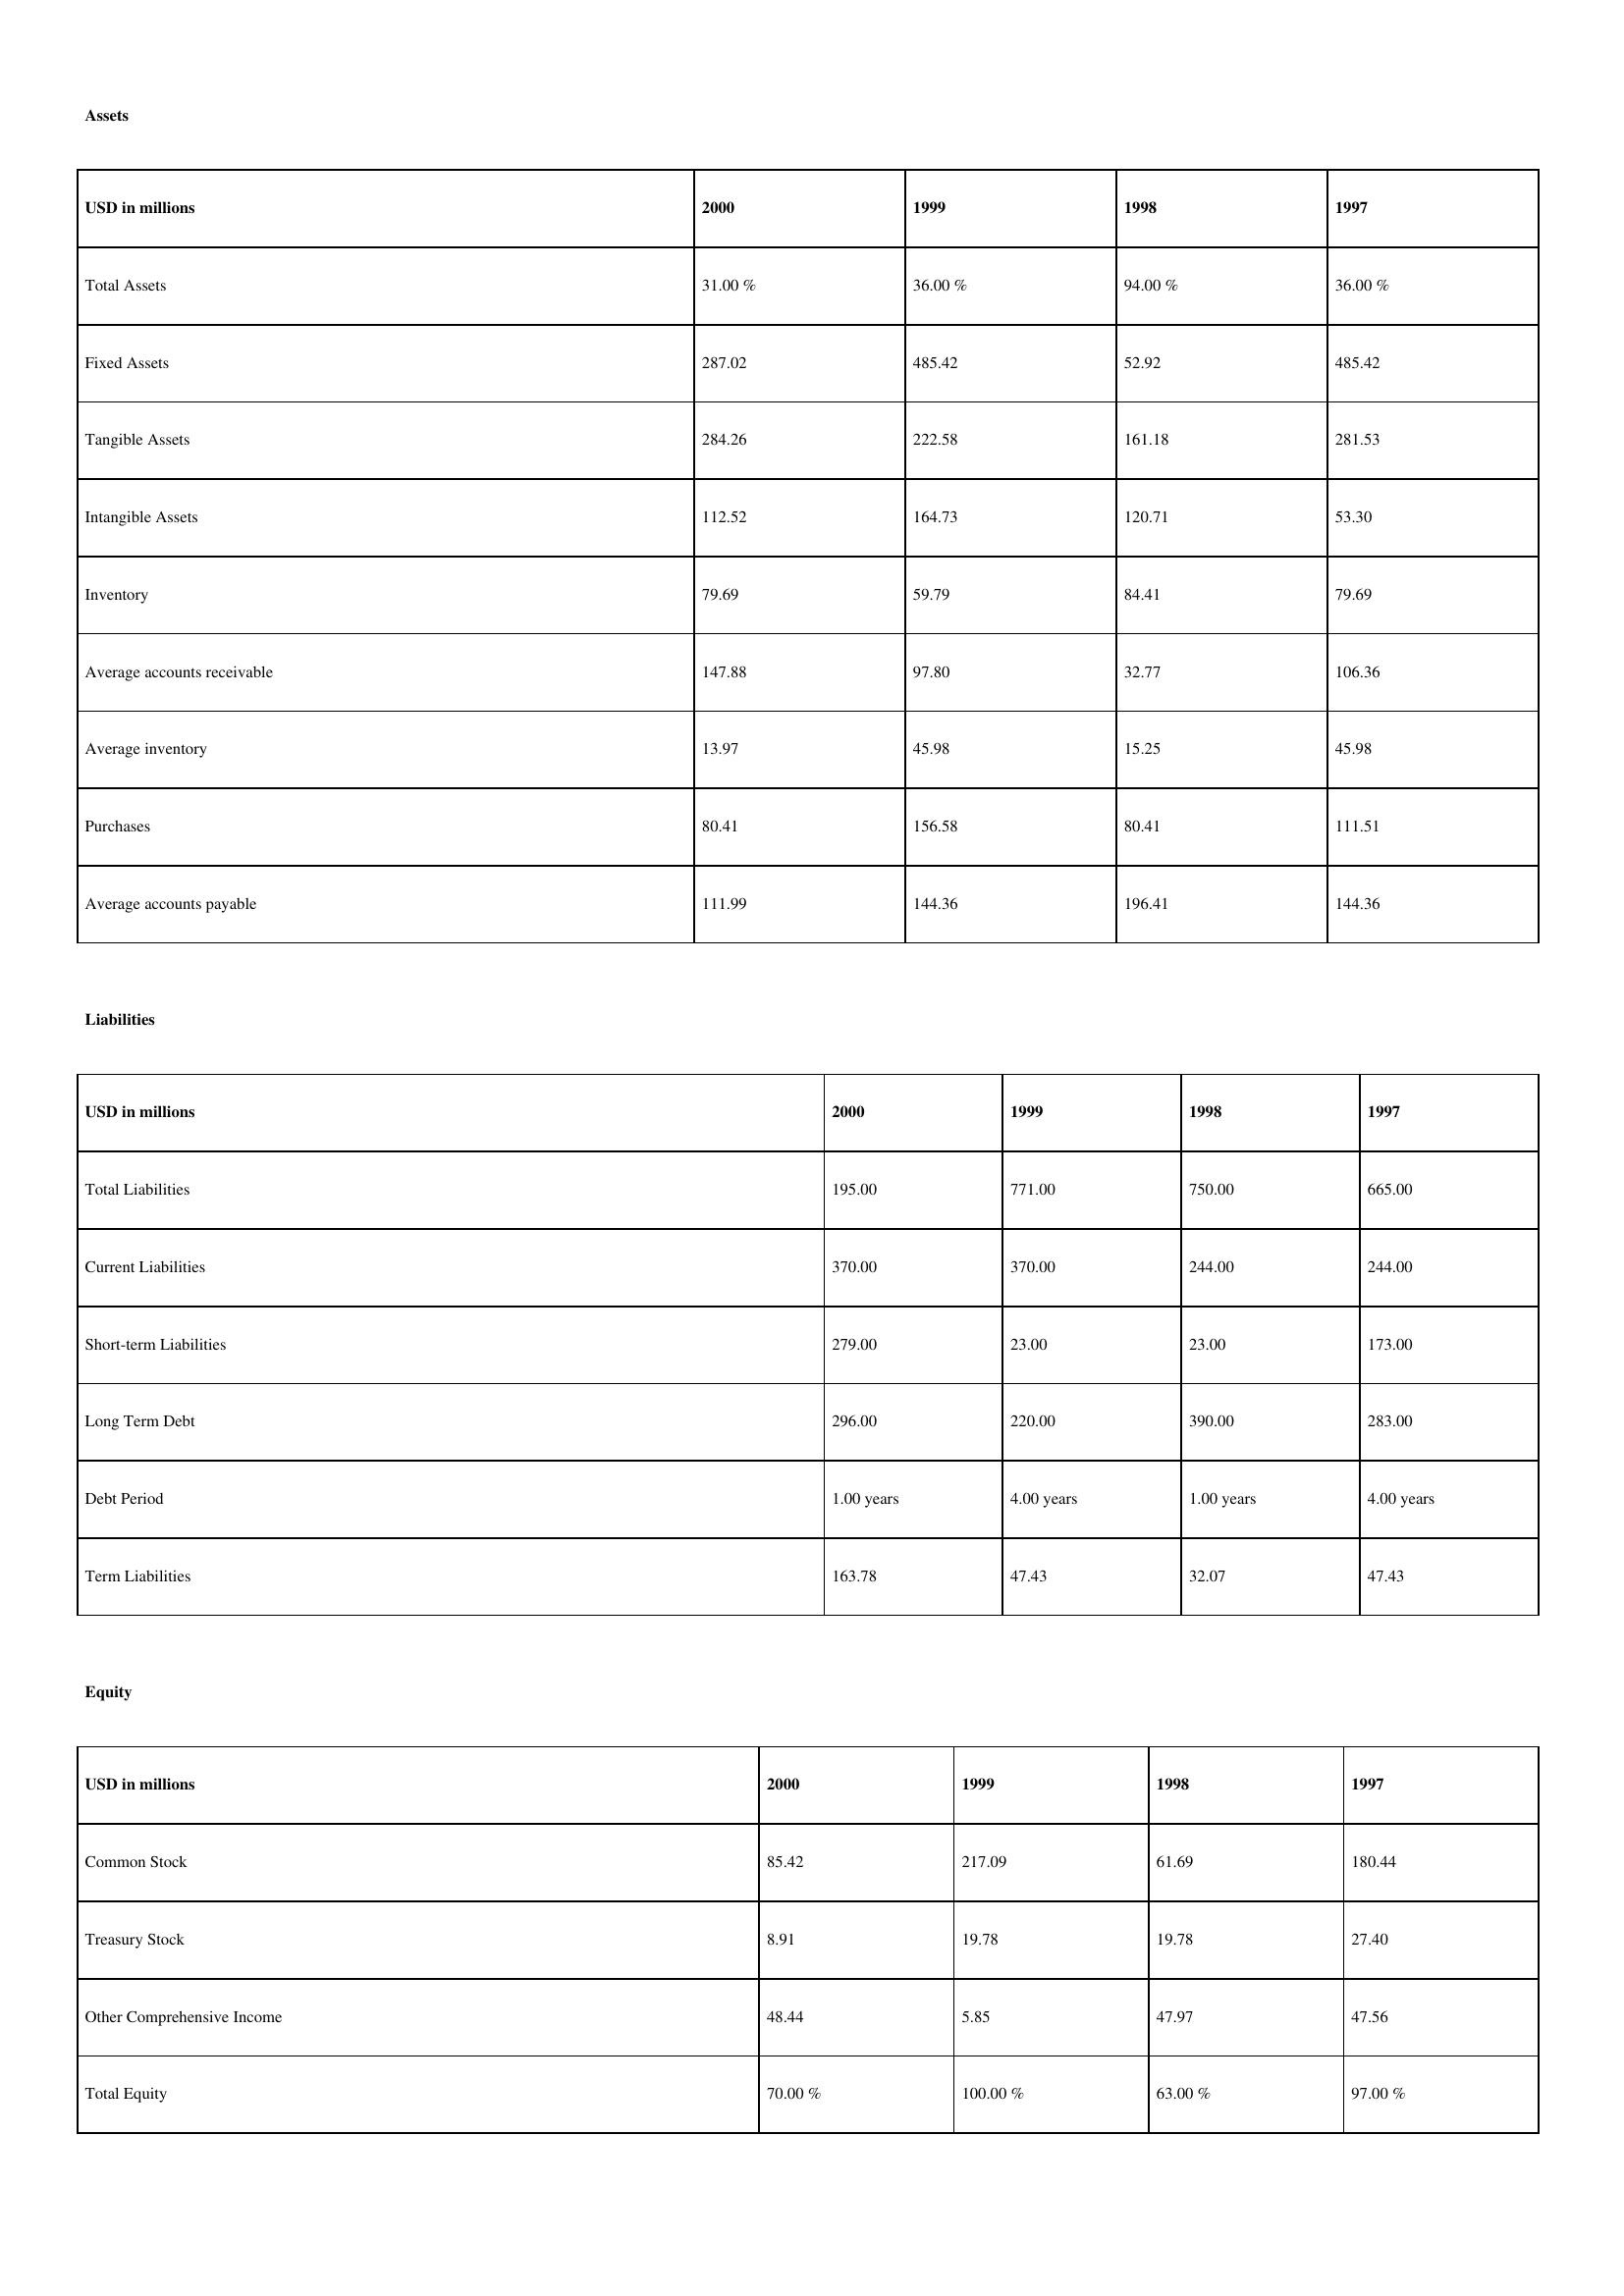
gt_parse: 2000: Assets: Total Assets: 31.00 %
Fixed Assets: 287.02
Tangible Assets: 284.26
Intangible Assets: 112.52
Inventory: 79.69
Average accounts receivable: 147.88
Average inventory: 13.97
Purchases: 80.41
Average accounts payable: 111.99
Liabilities: Total Liabilities: 195.00
Current Liabilities: 370.00
Short-term Liabilities: 279.00
Long Term Debt: 296.00
Debt Period: 1.00 years
Term Liabilities: 163.78
Equity: Common Stock: 85.42
Treasury Stock: 8.91
Other Comprehensive Income: 48.44
Total Equity: 70.00 %
1999: Assets: Total Assets: 36.00 %
Fixed Assets: 485.42
Tangible Assets: 222.58
Intangible Assets: 164.73
Inventory: 59.79
Average accounts receivable: 97.80
Average inventory: 45.98
Purchases: 156.58
Average accounts payable: 144.36
Liabilities: Total Liabilities: 771.00
Current Liabilities: 370.00
Short-term Liabilities: 23.00
Long Term Debt: 220.00
Debt Period: 4.00 years
Term Liabilities: 47.43
Equity: Common Stock: 217.09
Treasury Stock: 19.78
Other Comprehensive Income: 5.85
Total Equity: 100.00 %
1998: Assets: Total Assets: 94.00 %
Fixed Assets: 52.92
Tangible Assets: 161.18
Intangible Assets: 120.71
Inventory: 84.41
Average accounts receivable: 32.77
Average inventory: 15.25
Purchases: 80.41
Average accounts payable: 196.41
Liabilities: Total Liabilities: 750.00
Current Liabilities: 244.00
Short-term Liabilities: 23.00
Long Term Debt: 390.00
Debt Period: 1.00 years
Term Liabilities: 32.07
Equity: Common Stock: 61.69
Treasury Stock: 19.78
Other Comprehensive Income: 47.97
Total Equity: 63.00 %
1997: Assets: Total Assets: 36.00 %
Fixed Assets: 485.42
Tangible Assets: 281.53
Intangible Assets: 53.30
Inventory: 79.69
Average accounts receivable: 106.36
Average inventory: 45.98
Purchases: 111.51
Average accounts payable: 144.36
Liabilities: Total Liabilities: 665.00
Current Liabilities: 244.00
Short-term Liabilities: 173.00
Long Term Debt: 283.00
Debt Period: 4.00 years
Term Liabilities: 47.43
Equity: Common Stock: 180.44
Treasury Stock: 27.40
Other Comprehensive Income: 47.56
Total Equity: 97.00 %